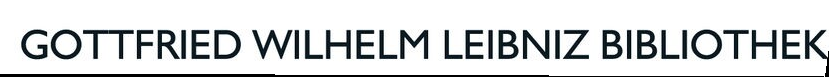
GOTTFRIED WILHELM LEIBNIZ BIBLIOTHEK